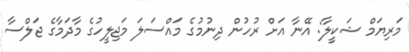
މަރިޔަމް ޝަކީލާ: އޭނާ އަށް ރުހުން ދިނުމުގެ މައްސަލަ މަޖިލީހުގެ މާދަމާގެ ޖަލްސާ